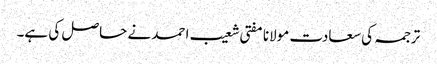
ترجمہ کی سعادت مولانا مفتی شعیب احمد نے حاصل کی ہے۔